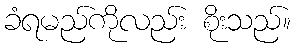
ခံရမည်ကိုလည်း စိုးသည်။